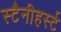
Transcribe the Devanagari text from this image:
स्टैनीहर्स्ट